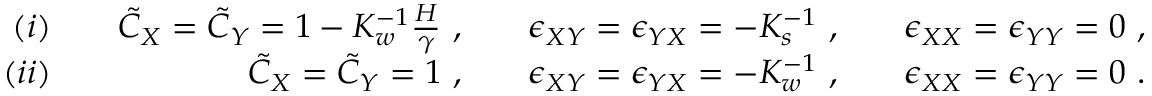
\begin{array} { r l r l r l r } { ( i ) } & { { } } & { \tilde { C } _ { X } = \tilde { C } _ { Y } = 1 - K _ { w } ^ { - 1 } \frac { H } { \gamma } ~ , } & { { } } & { \epsilon _ { X Y } = \epsilon _ { Y X } = - K _ { s } ^ { - 1 } ~ , } & { { } } & { \epsilon _ { X X } = \epsilon _ { Y Y } = 0 ~ , } \\ { ( i i ) } & { { } } & { \tilde { C } _ { X } = \tilde { C } _ { Y } = 1 ~ , } & { { } } & { \epsilon _ { X Y } = \epsilon _ { Y X } = - K _ { w } ^ { - 1 } ~ , } & { { } } & { \epsilon _ { X X } = \epsilon _ { Y Y } = 0 ~ . } \end{array}